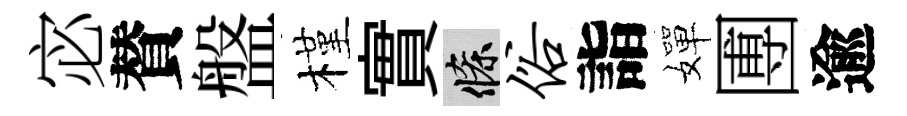
宓賛盤槿實條俗詣嬋圑逾